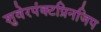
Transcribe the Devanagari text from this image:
शुवेरपंक्टप्रिनजिप